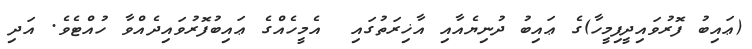
(ޢައިބު ފޮރުވައިދީފިމީހާ)ގެ ޢައިބު ދުނިޔެއާއި އާޚިރަތުގައި  އެމީހެއްގެ ޢައިބުފޮރުވައިދެއްވާ ހުއްޓެވެ. އަދި